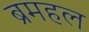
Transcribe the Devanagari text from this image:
ब्रमहल